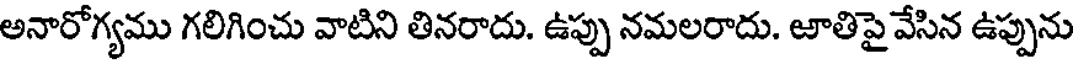
అనారోగ్యము గలిగించు వాటిని తినరాదు. ఉప్పు నమలరాదు. జాతిపై వేసిన ఉప్పును